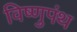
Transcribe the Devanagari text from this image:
विष्णुपंथ